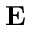
{ \bf E }